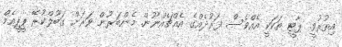
އިތުރުވީ. ޕާޓީ ތަކަކީ އެއްވެސް ފަރުދެއްގެ އެއްޗެއްނޫން. މެންބަރުން ވަރަށް ގަބޫލްކުރޭ ޕީޕީއެމް